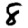
Digit: 8